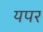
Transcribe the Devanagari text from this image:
यपर